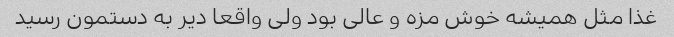
غذا مثل همیشه خوش مزه و عالی بود ولی واقعا دیر به دستمون رسید